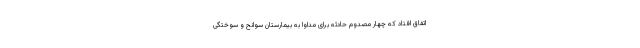
اتفاق افتاد که چهار مصدوم حادثه برای مداوا به بیمارستان سوانح و سوختگی